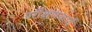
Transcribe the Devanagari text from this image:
परीक्षणकार्य